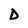
Character: D